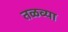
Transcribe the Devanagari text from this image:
तळव्या